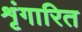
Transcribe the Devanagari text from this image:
शृंगारित